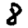
Digit: 8